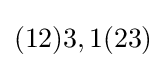
(12)3,1(23)